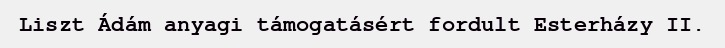
Liszt Ádám anyagi támogatásért fordult Esterházy II.